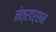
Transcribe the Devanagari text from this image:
नेत्रदर्शन